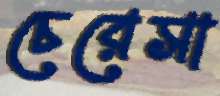
চেরেসা